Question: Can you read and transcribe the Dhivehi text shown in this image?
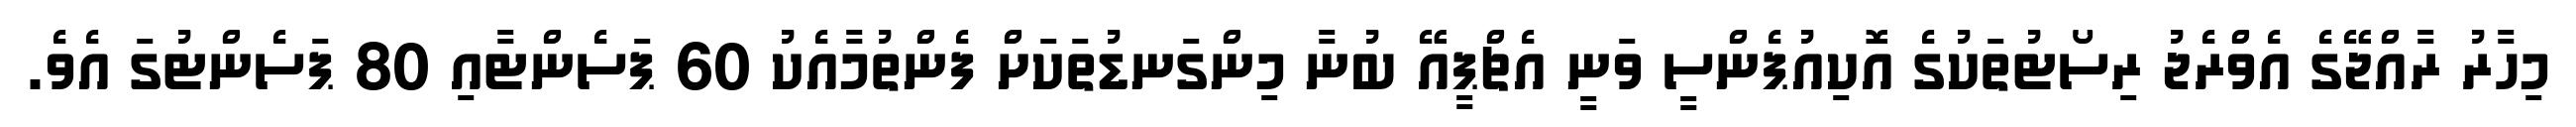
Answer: މިހާރު ރާއްޖޭގެ އެވްރެޖު ރިސޯޓުތަކުގެ އޮކިއުޕެންސީ ވަނީ އެޗްޕީއޭ ބުނާ މިންގަނޑުތަކަށް ފެންތުމާއެކު 60 ޕަސެންޓާއި 80 ޕަސެންޓުގަ އެވެ.